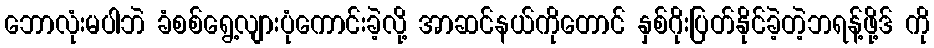
ဘောလုံးမပါဘဲ ခံစစ်ရွေ့လျားပုံကောင်းခဲ့လို့ အာဆင်နယ်ကိုတောင် နှစ်ဂိုးပြတ်နိုင်ခဲ့တဲ့ဘရန့်ဖို့ဒ် ကို